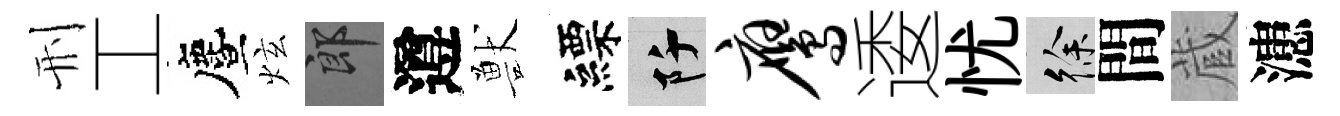
刑工󵨌炫郎遵獸縹阡鹰逶忧徐間蔵漶